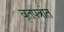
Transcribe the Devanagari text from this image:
वृतपत्रांत